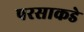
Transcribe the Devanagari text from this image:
परसाकडे